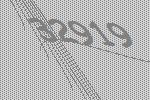
32919